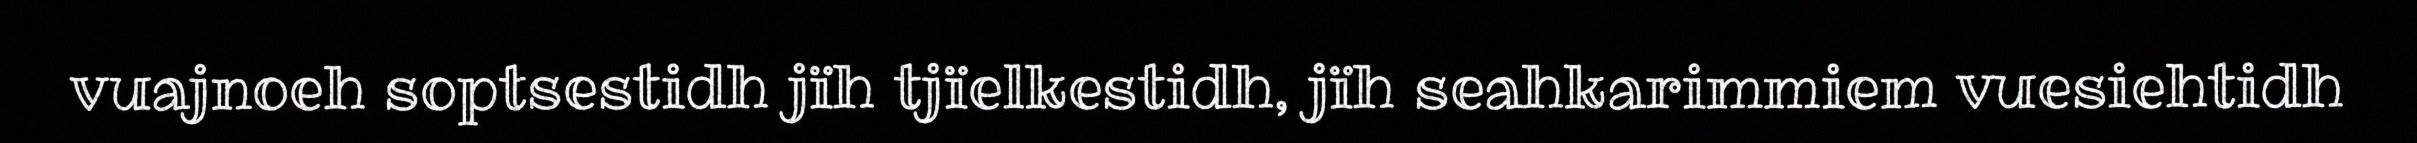
vuajnoeh soptsestidh jïh tjïelkestidh, jïh seahkarimmiem vuesiehtidh